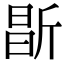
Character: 㫀